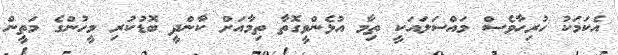
އެކަމަކު ހުރިހާވެސް މައްސަލައަކީ ތިމާ އުޅެންވީގޮތާ ތިމާއަށް ކާންދީ ބޮޑުކުރި މީހުންގެ މަތީން